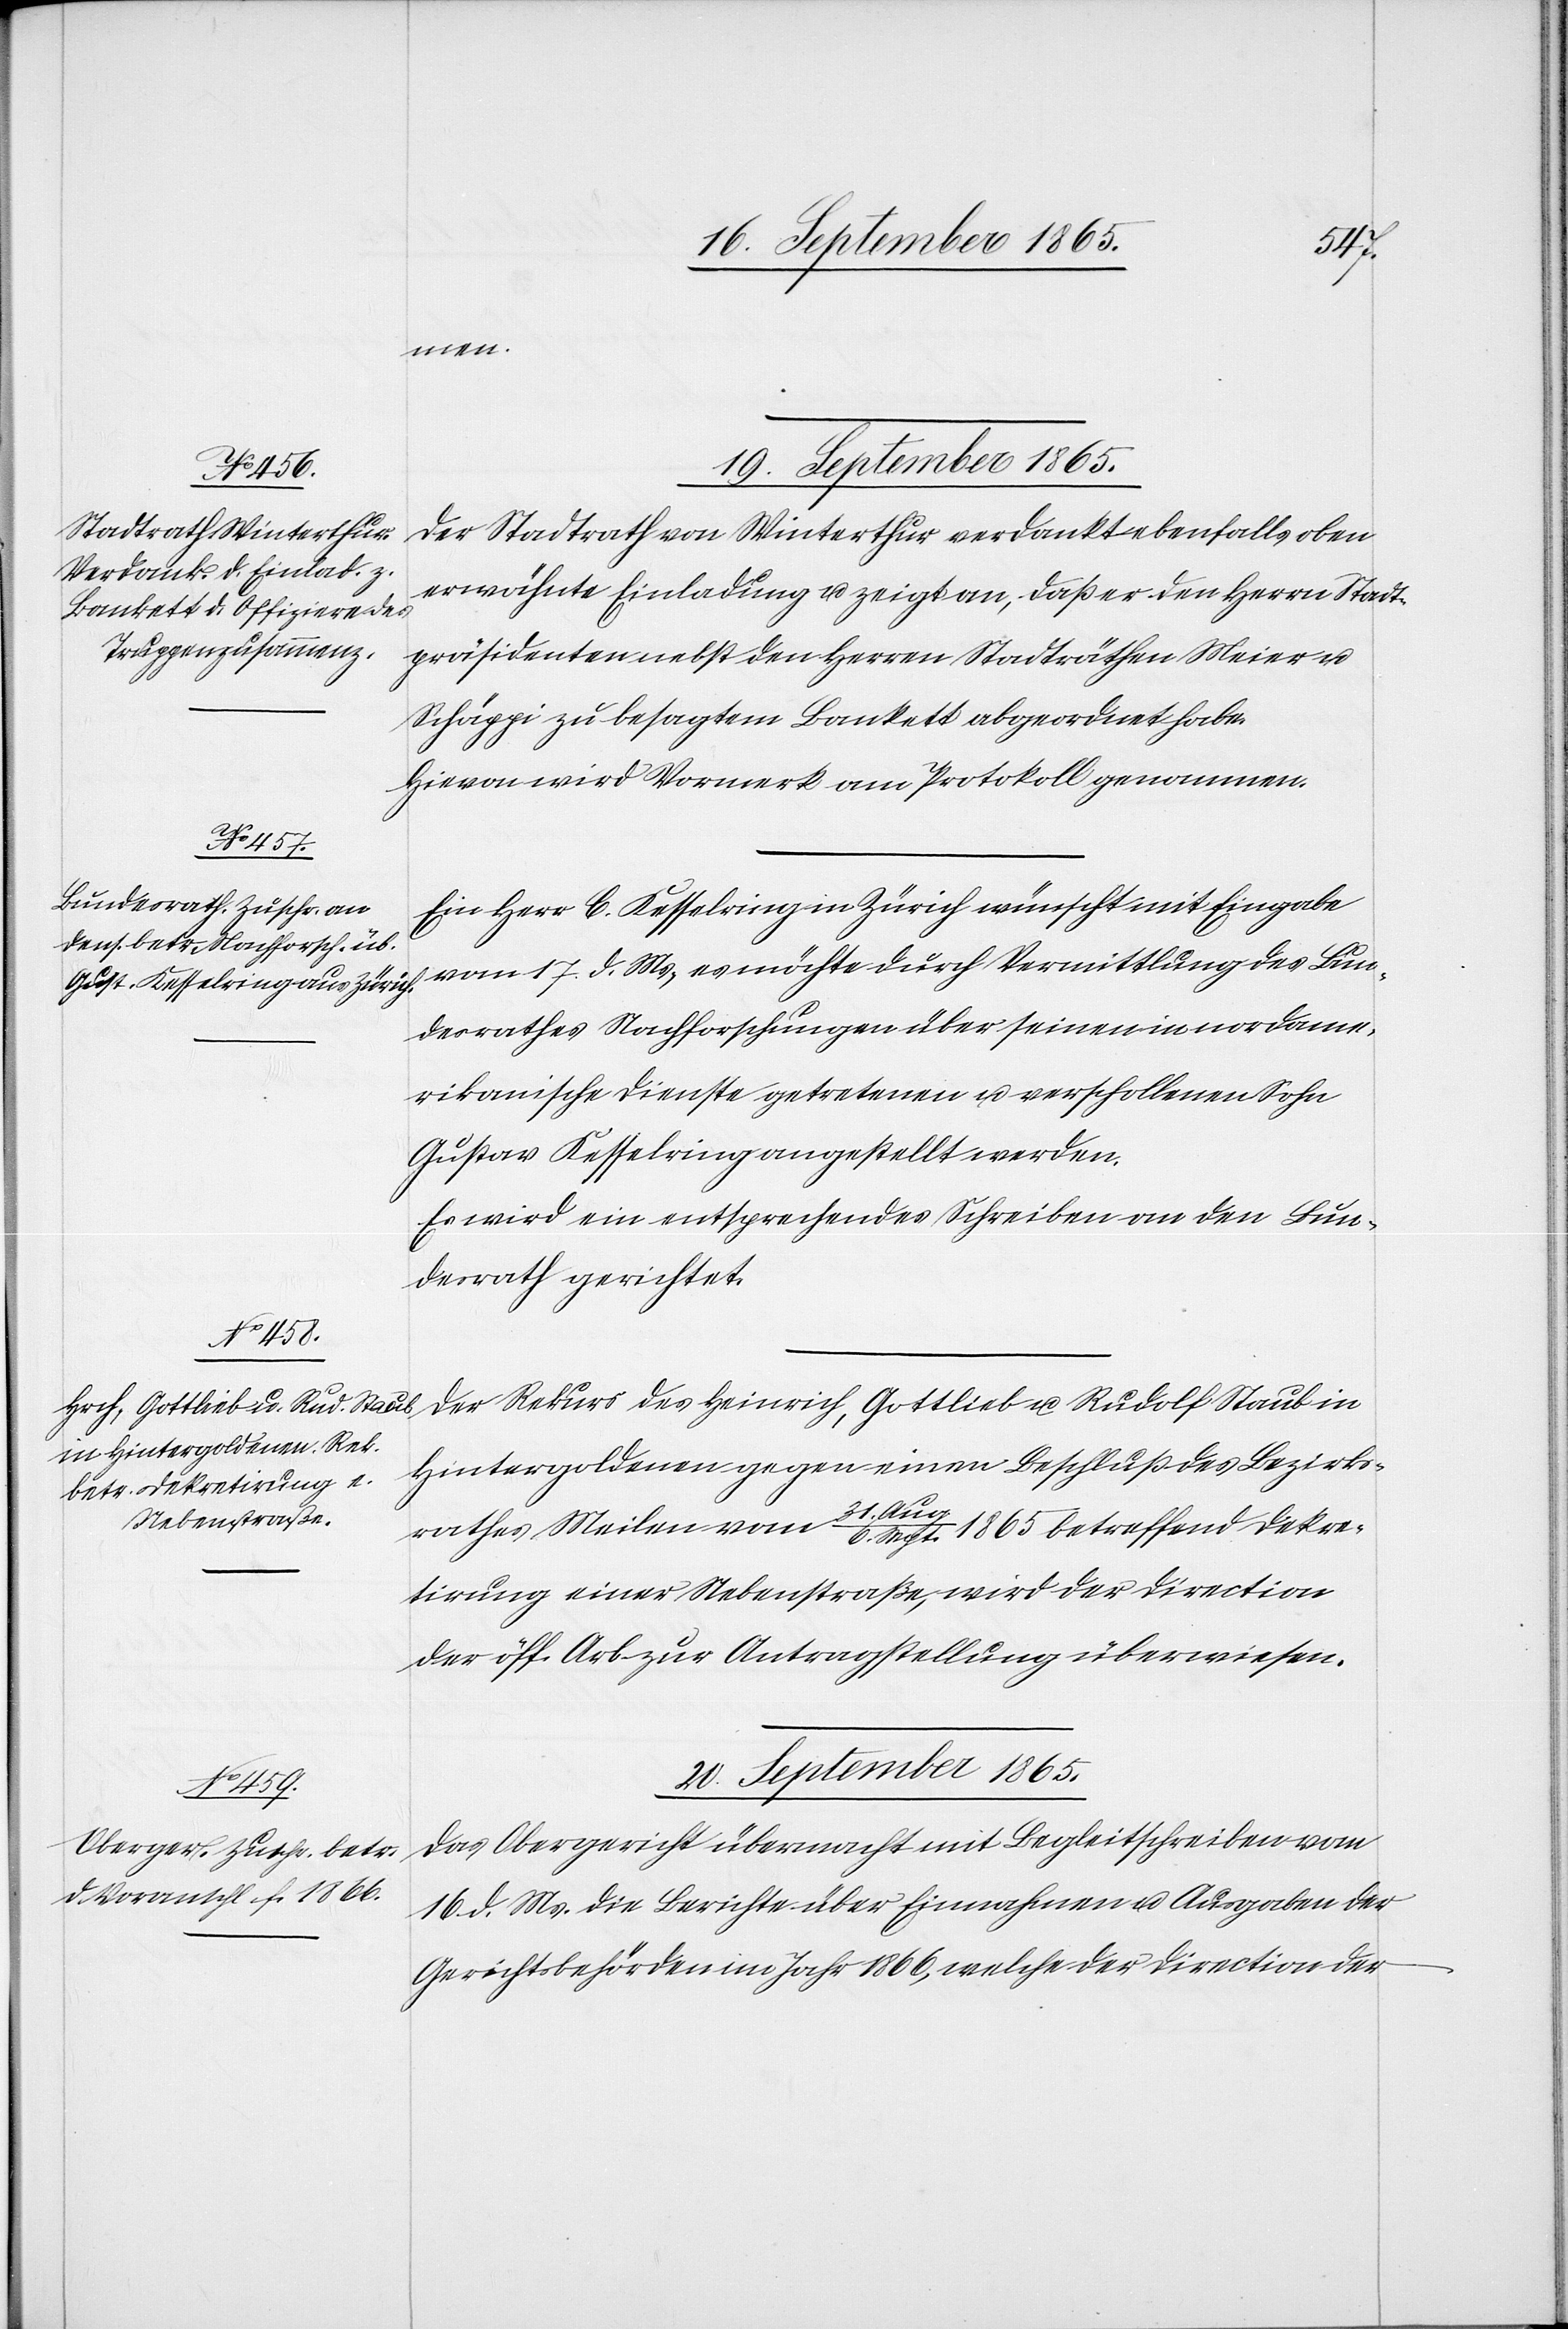
men.
19. September 1865.]
Der Stadtrath von Winterthur verdankt ebenfalls oben
erwähnte Einladung u. zeigt an, daß er den Herrn Stadt¬
präsidenten nebst den Herren Stadträthen Meier u.
Schäppi zu besagtem Bankett abgeordnet habe.
Hievon wird Vormerk am Protokoll genommen.
Ein Herr C. Kesselring in Zürich wünscht mit Eingabe
vom 17. d. Ms, es möchte durch Vermittlung des Bun¬
desrathes Nachforschungen über seinen in nordame¬
rikanische Dienste getretenen u. verschollenen Sohn
Gustav Kesselring angestellt werden.
Es wird ein entsprechendes Schreiben an den Bun¬
desrath gerichtet.
Der Rekurs des Heinrich, Gottlieb u. Rudolf Staub in
Hintergoldenen gegen einen Beschluß des Bezirks¬
rathes Meilen vom 31. Aug./6. Sept. 1865 betreffend Dekre¬
tirung einer Nebenstraße, wird der Direction
der öff. Arb. zur Antragstellung überwiesen.
20. September 1865.
Das Obergericht übermacht mit Begleitschreiben vom
16. d. Ms. die Berichte über Einnahmen u. Ausgaben der
Gerichtsbehörden im Jahr 1866, welche der Direciton der